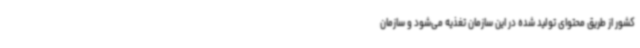
کشور از طریق محتوای تولید شده در این سازمان تغذیه می‌شود و سازمان